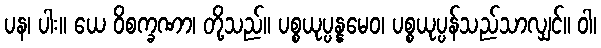
ပန၊ ပါး။ ယေ ဝိစက္ခဏာ၊ တို့သည်။ ပစ္စယုပ္ပန္နမေဝ၊ ပစ္စယုပ္ပန်သည်သာလျှင်။ ဝါ၊